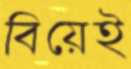
বিয়েই